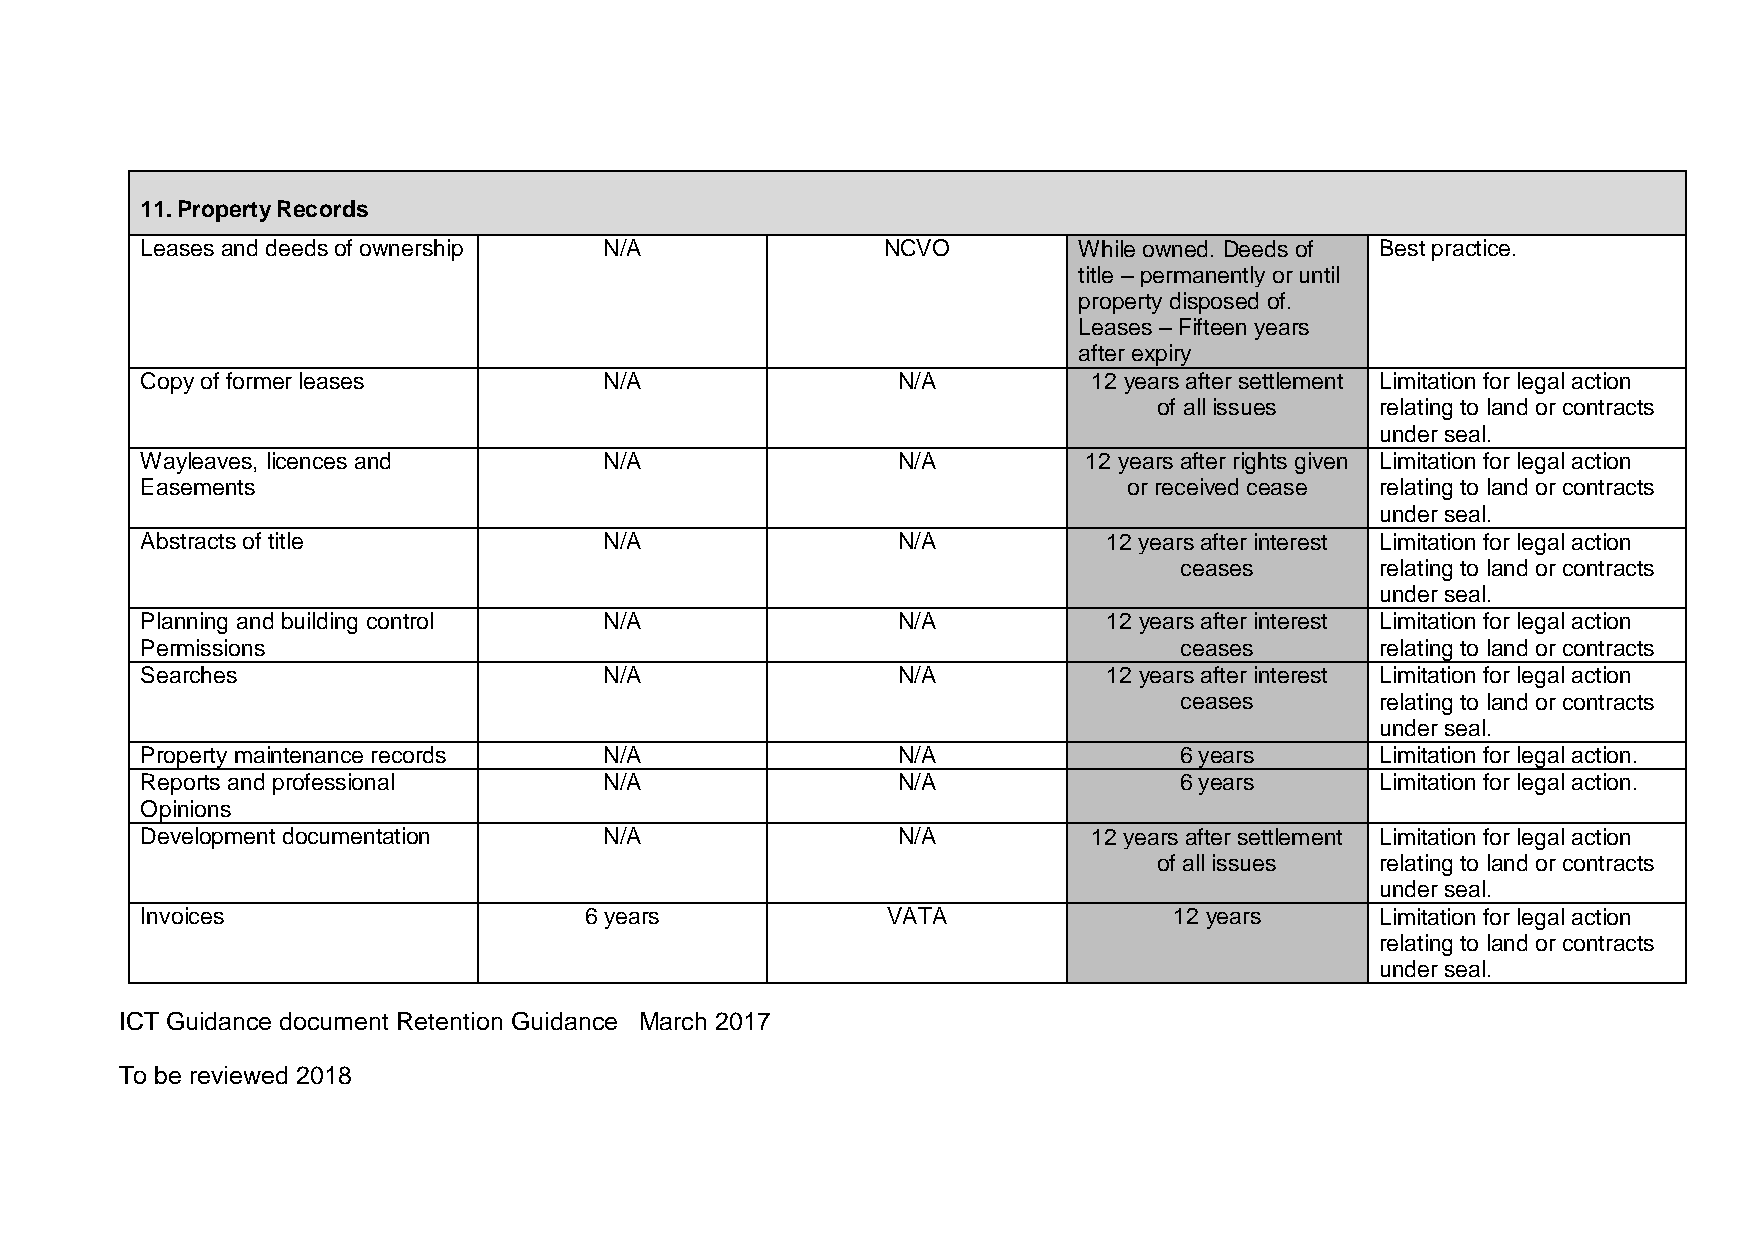
11. Property Records
 Leases and deeds of ownership  N/A               NCVO         While owned. Deeds of Best practice.
 title – permanently or until
 property disposed of.
 Leases – Fifteen years
 after expiry
 Copy of former leases          N/A                N/A          12 years after settlement Limitation for legal action
 of all issues relating to land or contracts
 under seal.
 Wayleaves, licences and        N/A                N/A          12 years after rights given Limitation for legal action
 Easements                                                         or received cease relating to land or contracts
 under seal.
 Abstracts of title             N/A                N/A           12 years after interest Limitation for legal action
 ceases       relating to land or contracts
 under seal.
 Planning and building control  N/A                N/A           12 years after interest Limitation for legal action
 Permissions                                                          ceases       relating to land or contracts
 Searches                       N/A                N/A           12 years after interest uLnimdietar tsioena lf.o r legal action
 ceases       relating to land or contracts
 under seal.
 Property maintenance records   N/A                N/A                6 years      Limitation for legal action.
 Reports and professional       N/A                N/A                6 years      Limitation for legal action.
 Opinions
 Development documentation      N/A                N/A          12 years after settlement Limitation for legal action
 of all issues relating to land or contracts
 under seal.
 Invoices                      6 years             VATA               12 years     Limitation for legal action
 relating to land or contracts
 under seal.
 ICT Guidance document Retention Guidance March 2017
 To be reviewed 2018